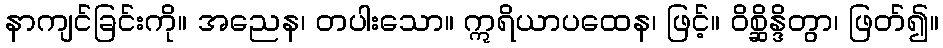
နာကျင်ခြင်းကို။ အညေန၊ တပါးသော။ ဣရိယာပထေန၊ ဖြင့်။ ဝိစ္ဆိန္ဒိတွာ၊ ဖြတ်၍။